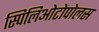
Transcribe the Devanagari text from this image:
स्पिलिओटोपोलस